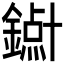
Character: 𱬥